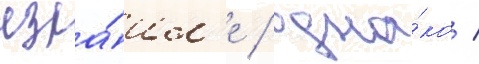
изра́ил'е / одна́ко /